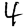
Digit: 4